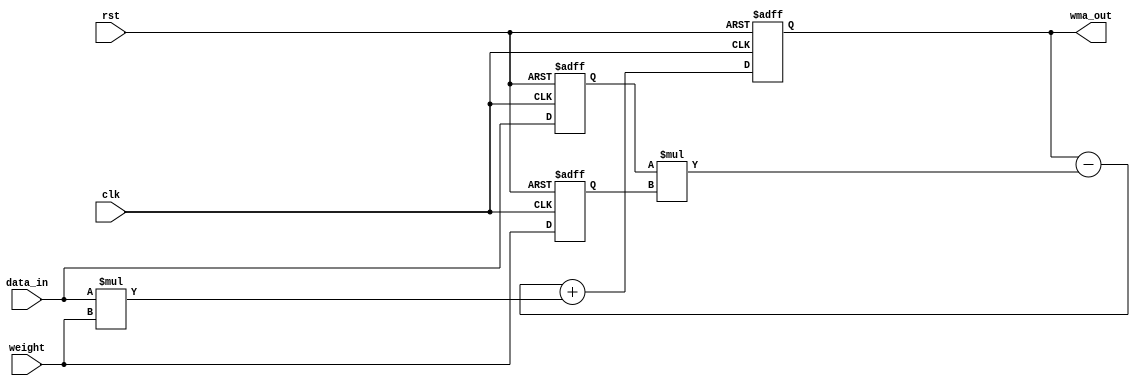
module wma_accumulator (
    input clk,
    input rst,
    input [7:0] data_in,
    input [7:0] weight,
    output reg [15:0] wma_out
);

reg [15:0] acc;
reg [7:0] prev_data;
reg [7:0] prev_weight;

always @(posedge clk or posedge rst) begin
    if (rst) begin
        acc <= 0;
        prev_data <= 0;
        prev_weight <= 0;
    end else begin
        acc <= (acc - prev_data * prev_weight) + data_in * weight;
        prev_data <= data_in;
        prev_weight <= weight;
    end
end

assign wma_out = acc;

endmodule